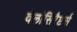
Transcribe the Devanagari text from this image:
वेलोसिरैप्टर्स